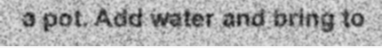
a pot. Add water and bring to